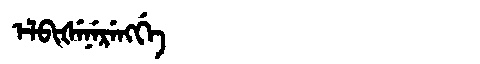
Manchu: ᡝᠯᠪᡳᡧᡝᠨᡝᡵᡝᠩᡤᡝ
Romanization: ELBIŠENERENGGE